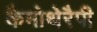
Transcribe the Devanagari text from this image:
कैमोथेरैपी